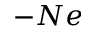
- N e